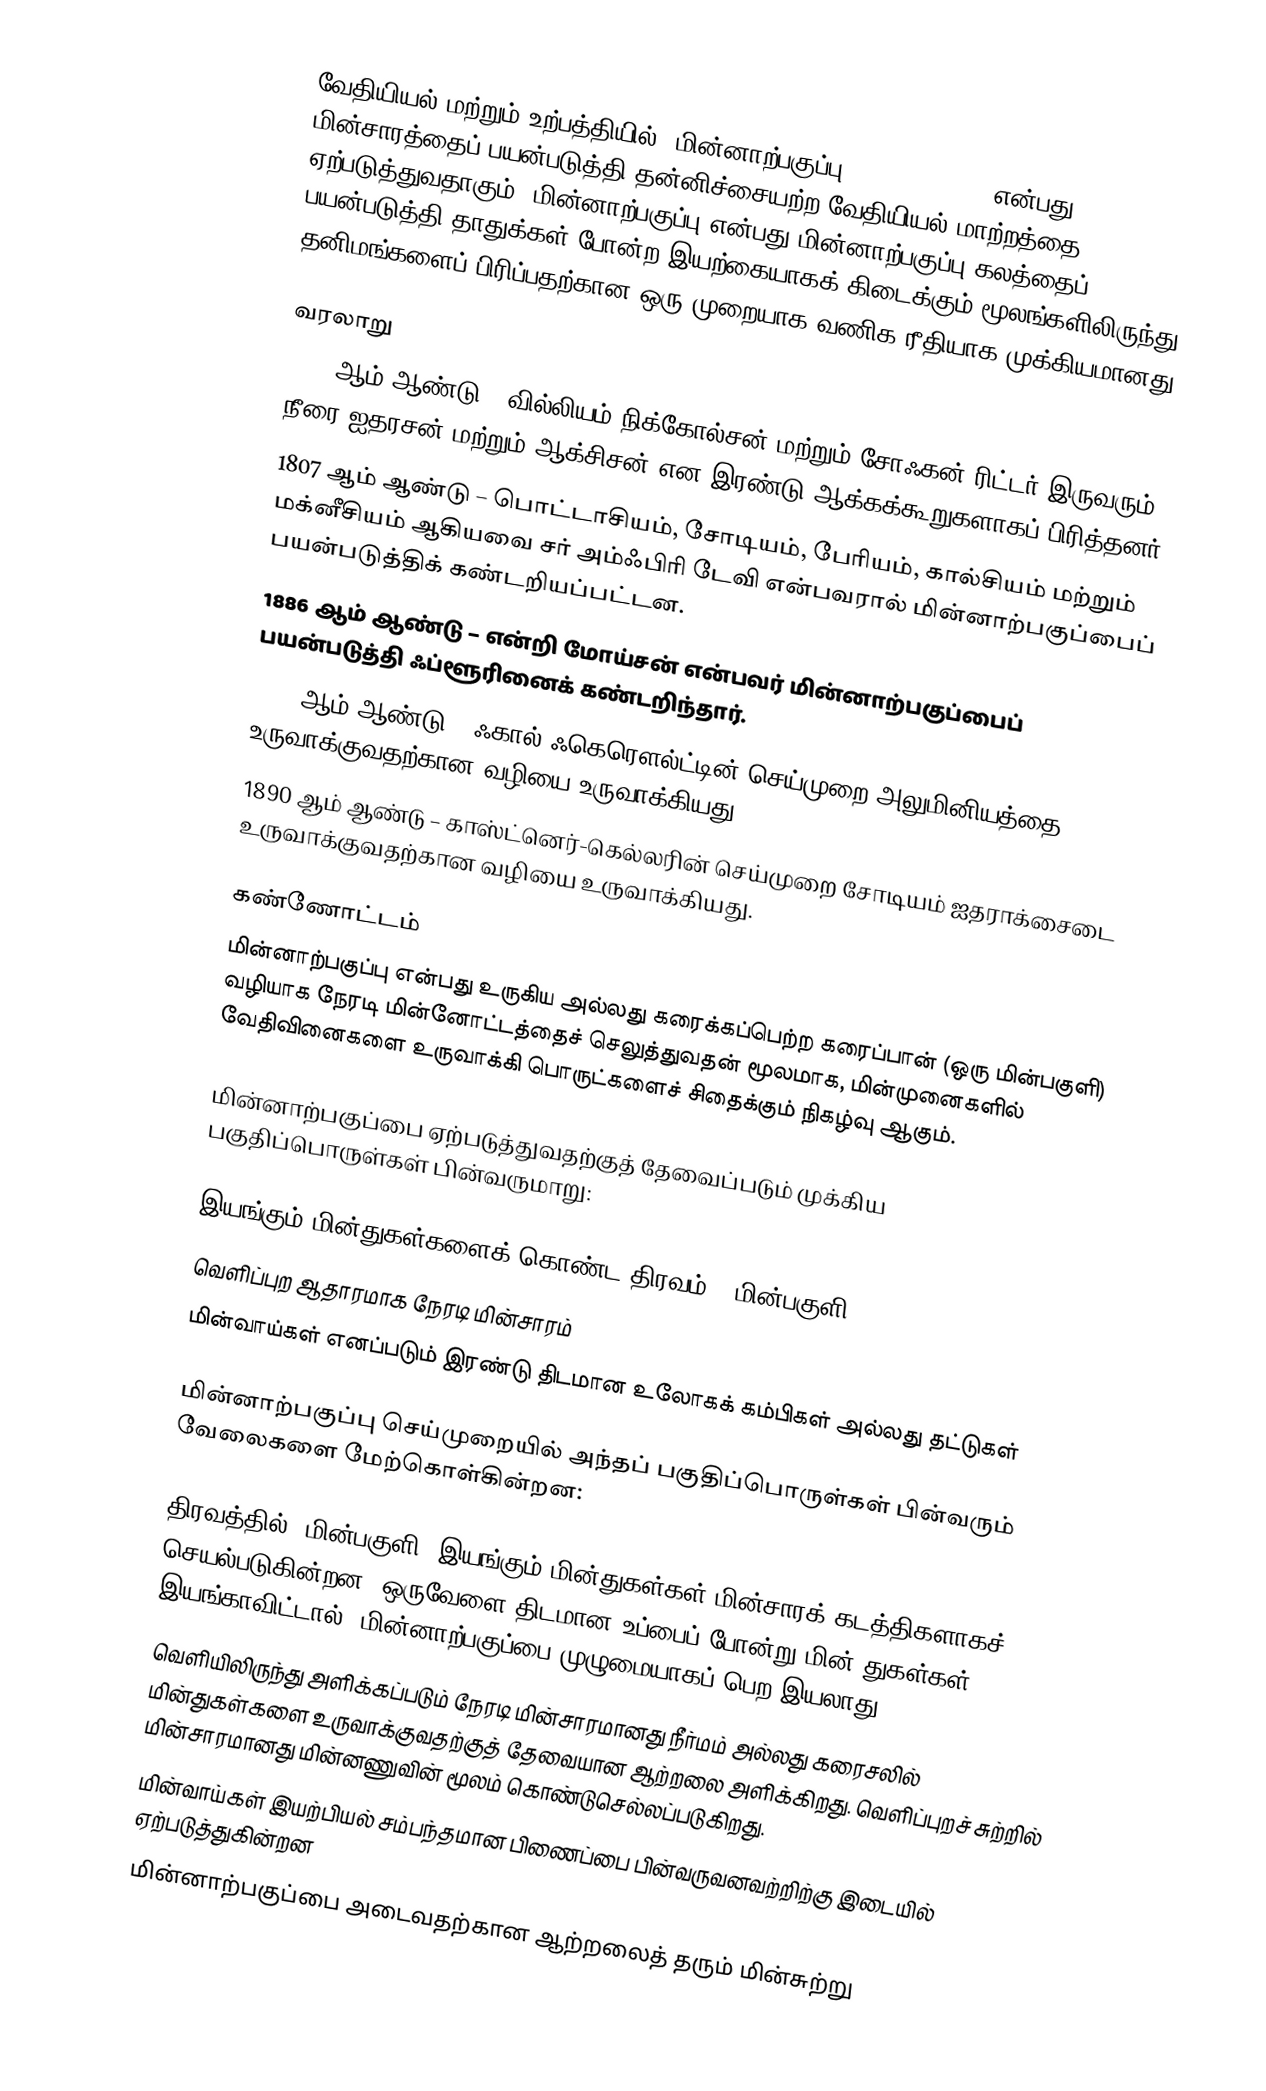
வேதியியல் மற்றும் உற்பத்தியில், மின்னாற்பகுப்பு (Electrolysis)  என்பது மின்சாரத்தைப் பயன்படுத்தி தன்னிச்சையற்ற வேதியியல் மாற்றத்தை ஏற்படுத்துவதாகும். மின்னாற்பகுப்பு என்பது மின்னாற்பகுப்பு கலத்தைப் பயன்படுத்தி தாதுக்கள் போன்ற இயற்கையாகக் கிடைக்கும் மூலங்களிலிருந்து தனிமங்களைப் பிரிப்பதற்கான ஒரு முறையாக வணிக ரீதியாக முக்கியமானது.

வரலாறு
1800 ஆம் ஆண்டு – வில்லியம் நிக்கோல்சன் மற்றும் சோஃகன் ரிட்டர் இருவரும் நீரை ஐதரசன் மற்றும் ஆக்சிசன் என இரண்டு ஆக்கக்கூறுகளாகப் பிரித்தனர்.
1807 ஆம் ஆண்டு – பொட்டாசியம், சோடியம், பேரியம், கால்சியம் மற்றும் மக்னீசியம் ஆகியவை சர் அம்ஃபிரி டேவி என்பவரால் மின்னாற்பகுப்பைப் பயன்படுத்திக் கண்டறியப்பட்டன.
1886 ஆம் ஆண்டு – என்றி மோய்சன் என்பவர் மின்னாற்பகுப்பைப் பயன்படுத்தி ஃப்ளூரினைக் கண்டறிந்தார்.
1886 ஆம் ஆண்டு – ஃகால் ஃகெரௌல்ட்டின் செய்முறை அலுமினியத்தை உருவாக்குவதற்கான வழியை உருவாக்கியது.
1890 ஆம் ஆண்டு – காஸ்ட்னெர்-கெல்லரின் செய்முறை சோடியம் ஐதராக்சைடை உருவாக்குவதற்கான வழியை உருவாக்கியது.

கண்ணோட்டம்
மின்னாற்பகுப்பு என்பது உருகிய அல்லது கரைக்கப்பெற்ற கரைப்பான் (ஒரு மின்பகுளி) வழியாக நேரடி மின்னோட்டத்தைச் செலுத்துவதன் மூலமாக,  மின்முனைகளில் வேதிவினைகளை உருவாக்கி பொருட்களைச் சிதைக்கும் நிகழ்வு ஆகும்.

மின்னாற்பகுப்பை ஏற்படுத்துவதற்குத் தேவைப்படும் முக்கிய பகுதிப்பொருள்கள் பின்வருமாறு:

இயங்கும் மின்துகள்களைக் கொண்ட திரவம் - மின்பகுளி
வெளிப்புற ஆதாரமாக நேரடி மின்சாரம்
மின்வாய்கள் எனப்படும் இரண்டு திடமான உலோகக் கம்பிகள் அல்லது தட்டுகள்

மின்னாற்பகுப்பு செய்முறையில் அந்தப் பகுதிப்பொருள்கள் பின்வரும் வேலைகளை மேற்கொள்கின்றன:

திரவத்தில் (மின்பகுளி) இயங்கும் மின்துகள்கள் மின்சாரக் கடத்திகளாகச் செயல்படுகின்றன. ஒருவேளை திடமான உப்பைப் போன்று மின் துகள்கள் இயங்காவிட்டால், மின்னாற்பகுப்பை முழுமையாகப் பெற இயலாது.
வெளியிலிருந்து அளிக்கப்படும் நேரடி மின்சாரமானது நீர்மம் அல்லது கரைசலில் மின்துகள்களை உருவாக்குவதற்குத் தேவையான ஆற்றலை அளிக்கிறது. வெளிப்புறச் சுற்றில் மின்சாரமானது மின்னணுவின் மூலம் கொண்டுசெல்லப்படுகிறது.
மின்வாய்கள் இயற்பியல் சம்பந்தமான பிணைப்பை பின்வருவனவற்றிற்கு இடையில் ஏற்படுத்துகின்றன
மின்னாற்பகுப்பை அடைவதற்கான ஆற்றலைத் தரும் மின்சுற்று